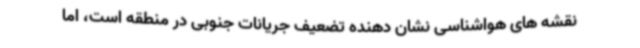
نقشه های هواشناسی نشان دهنده تضعیف جریانات جنوبی در منطقه است، اما